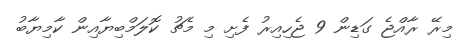
މިރޭ ރާއްޖެ ގަޑިން 9 ޖެހިއިރު ފެށި މި މެޗު ކޮލަމްބިޔާއިން ކާމިޔާބު